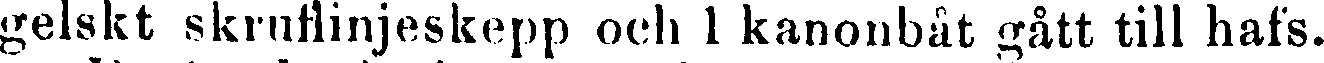
gelskt skruflinjeskepp och 1 kanonbåt gått till hafs.